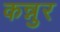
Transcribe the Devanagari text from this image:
कन्नुर